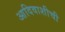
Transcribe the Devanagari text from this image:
आदिवाशीची